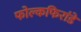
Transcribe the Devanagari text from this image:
फोल्कफिरांडे